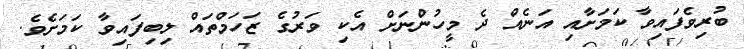
ބުރިވެފައިވާ ކަމަށާއި އަނެއް ދެ މީހުންނަށް އެކި ވަރުގެ ޒަހަމްތައް ލިބިފައިވާ ކަމަށެވެ.